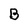
Character: B